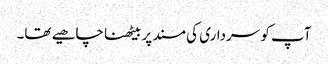
آپ کو سرداری کی مسند پر بیٹھنا چاھیے تھا۔